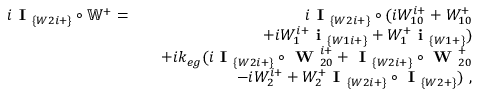
\begin{array} { r l r } { i \textbf { I } _ { \{ W 2 i + \} } \circ \mathbb { W } ^ { + } = } & { } & { i \textbf { I } _ { \{ W 2 i + \} } \circ ( i W _ { 1 0 } ^ { i + } + W _ { 1 0 } ^ { + } } \\ & { } & { ~ ~ ~ ~ ~ ~ + i W _ { 1 } ^ { i + } \textbf { i } _ { \{ W 1 i + \} } + W _ { 1 } ^ { + } \textbf { i } _ { \{ W 1 + \} } ) } \\ & { } & { + i k _ { e g } ( i \textbf { I } _ { \{ W 2 i + \} } \circ \textbf { W } _ { 2 0 } ^ { i + } + \textbf { I } _ { \{ W 2 i + \} } \circ \textbf { W } _ { 2 0 } ^ { + } } \\ & { } & { ~ ~ ~ ~ ~ ~ - i W _ { 2 } ^ { i + } + W _ { 2 } ^ { + } \textbf { I } _ { \{ W 2 i + \} } \circ \textbf { I } _ { \{ W 2 + \} } ) ~ , } \end{array}